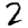
Digit: 2